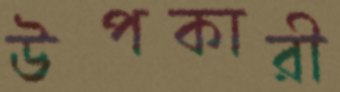
উপকারী